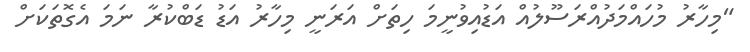
"މިހާރު މުހައްމަދުއްރަސޫލުއް އަޑުއިވުނީމަ ހިތަށް އަރަނީ މިހާރު އަޑު ޑަބްކުރާ ނަމަ އެގޮތަކަށް